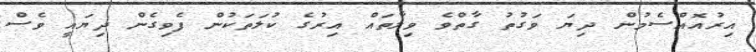
އިރުއޮއްސެމުން ދިޔަ ވަގުތު ގާތްވެ ވިލާތައް އިރުގެ ކުލަތަކުން ފެވިގެން ދިޔައީ ވެސް